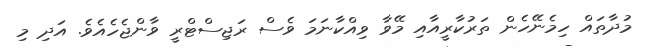
މުދާތައް ހިމެނޭހެން ތަރުކާރީއާއި މޭވާ ވިއްކާނަމަ ވެސް ރަޖިސްޓްރީ ވާންޖެހެއެވެ. އަދި މި